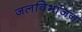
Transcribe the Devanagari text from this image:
जलविभाजन